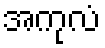
အကုလံ